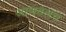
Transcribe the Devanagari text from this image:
जाणवेलच